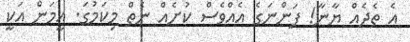
އެ ތެދެއް ޔާނާ! ފަންނަގެ އެއްވެސް ކުށެއް ނެތް މިކަމުގަ. އީމަން އަކީ